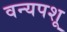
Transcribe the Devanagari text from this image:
वन्यपशू